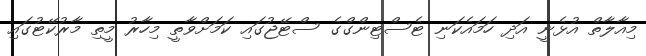
މިއާލާތް އުޅެނީ އަދި ހަމައެކަނި ޓެސްޓިންގްގެ ސްޓޭޖުގައި ކަމަށްވާތީ މިހާރު މީތި މާރުކޭޓުގައި